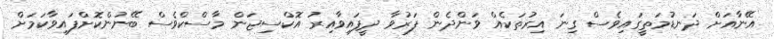
އޭނާއަށް ދަނޑުމަތީގައިވެސް ގިނަ އިރުތަކެއް ވަންދެން ފަރުވާ ދީފައިވާއިރު އޮކްސިޖަން މާސްކްވެސް ބޭނުންކޮށްފައިވާކަމަށް